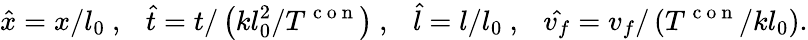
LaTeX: \hat{x}=x/l_{0}~,~~~\hat{t}=t/\left(kl_{0}^{2}/T^{\mathrm{~c~o~n~}}\right)~,~~~\hat{l}=l/l_{0}~,~~~\hat{v_{f}}=v_{f}/\left(T^{\mathrm{~c~o~n~}}/kl_{0}\right).